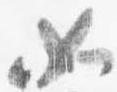
如